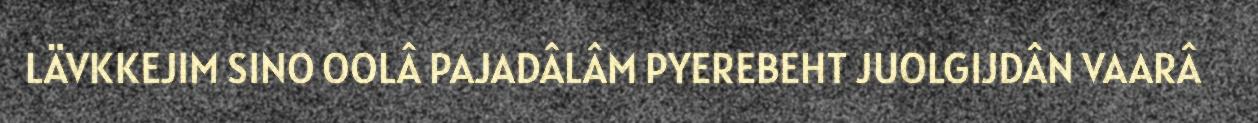
LÄVKKEJIM SINO OOLÂ PAJADÂLÂM PYEREBEHT JUOLGIJDÂN VAARÂ